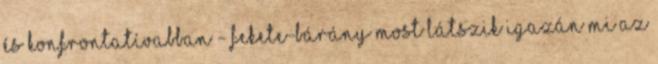
és konfrontatívabban - FEKETE-BÁRÁNY Most látszik igazán mi az